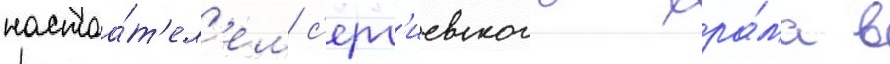
настоа́т'ел'ем с'ерг'иевского хра́ма в